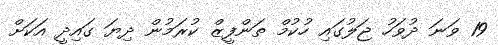
19 ވަނަ ދުވަހު ޖަލުގައި ހުކުމް ތަންފީޒް ކުރަމުން ދިޔަ ގައިދީ އަކަށް